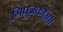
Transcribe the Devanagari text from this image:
गिपुज़कोआ।